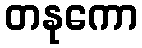
တနုကော